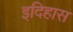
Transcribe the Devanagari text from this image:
इदिहास